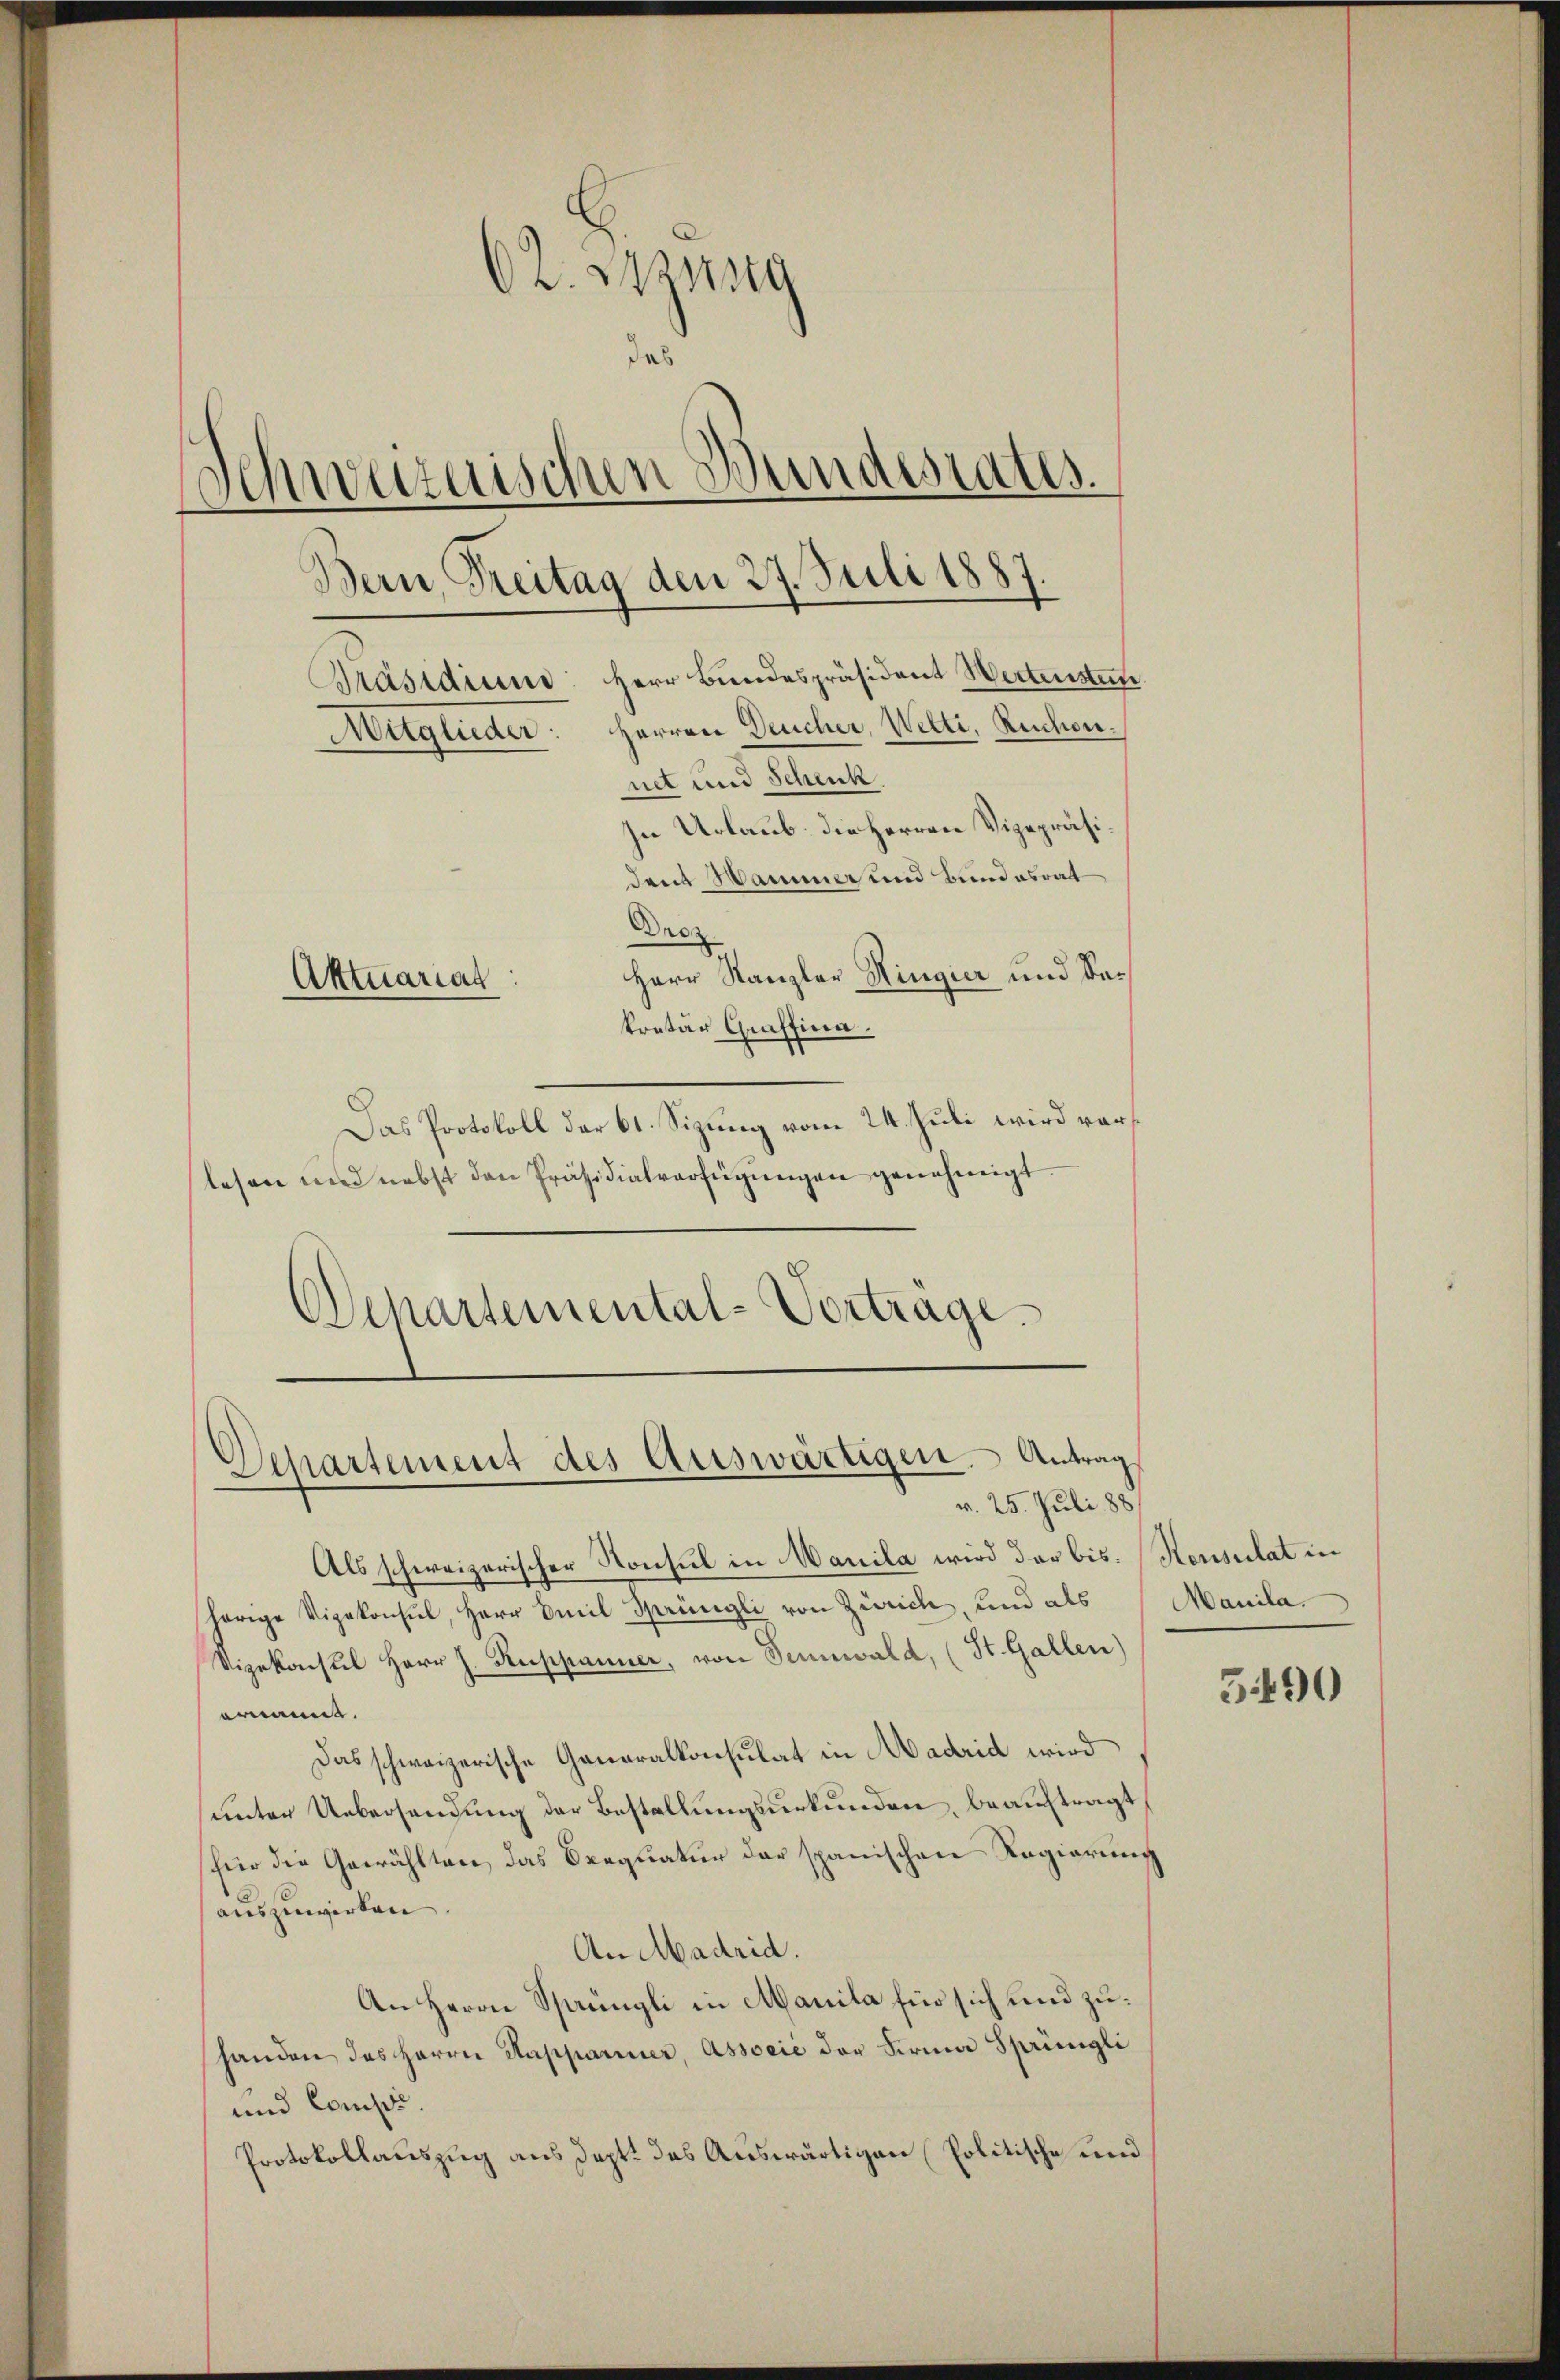
62. Bezug
das
Schweizerischen Wundesrates.
Bern, Freitag den 27. Juli 1887.
Präsidium: Herr Bundespräsident Wertensten
Muglieder Herren Deucher, Welti, Ruchen.
net und Schenk
In Urlaub. die Herren Vizepräsiden Wammer und Bundesrat
Droz.
Herr Kanzler Hingier und Sa¬
Atttuariat
kretär Graffina

Das Protokoll der 61. Sizung vom 24. Juli wird vorlesen und nebst den Präsidialverfügungen genehmigt
Departemental-Vortrage.

Departement des Auswärtigen. Antrag
v. 25. Juli 188

Als schweizerischer Konsul in Manila wird der bis. Konsulat in
herige Vizekonsul, Herr Omil Sprüngli von Zürich, und als Manila
Vizekonsul Herr J. Ruppanner, von Sennwald, (St. Gallen)
enannt.
Das schweizerische Generalkonsulat in Madrid wird
unter Uebersendung der Bestellungsurkunden, beauftragt
für die Gewählten, das Oeequatur der spanischen Regierung
auszuwirken
An Madrid.
An Herrn Sprüngli in Manila für sich und zuhanden des Herrn Rapparuer, Associć der Firma Sprüngli
und Comp.
Protokollauszug aus dept. das Auswärtigen Politische und

3490